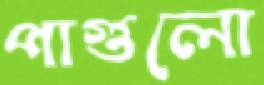
পাগুলো